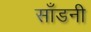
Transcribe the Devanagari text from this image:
साँडनी